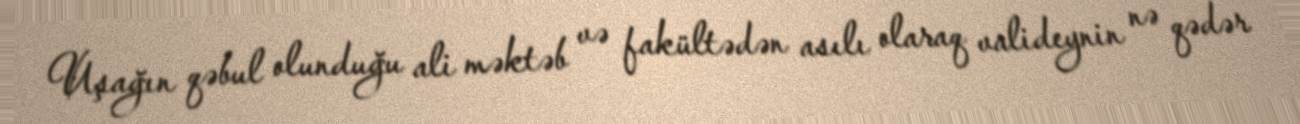
Uşağın qəbul olunduğu ali məktəb və fakültədən asılı olaraq valideynin nə qədər